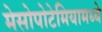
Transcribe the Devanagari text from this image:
मेसोपोटेमियामध्ये